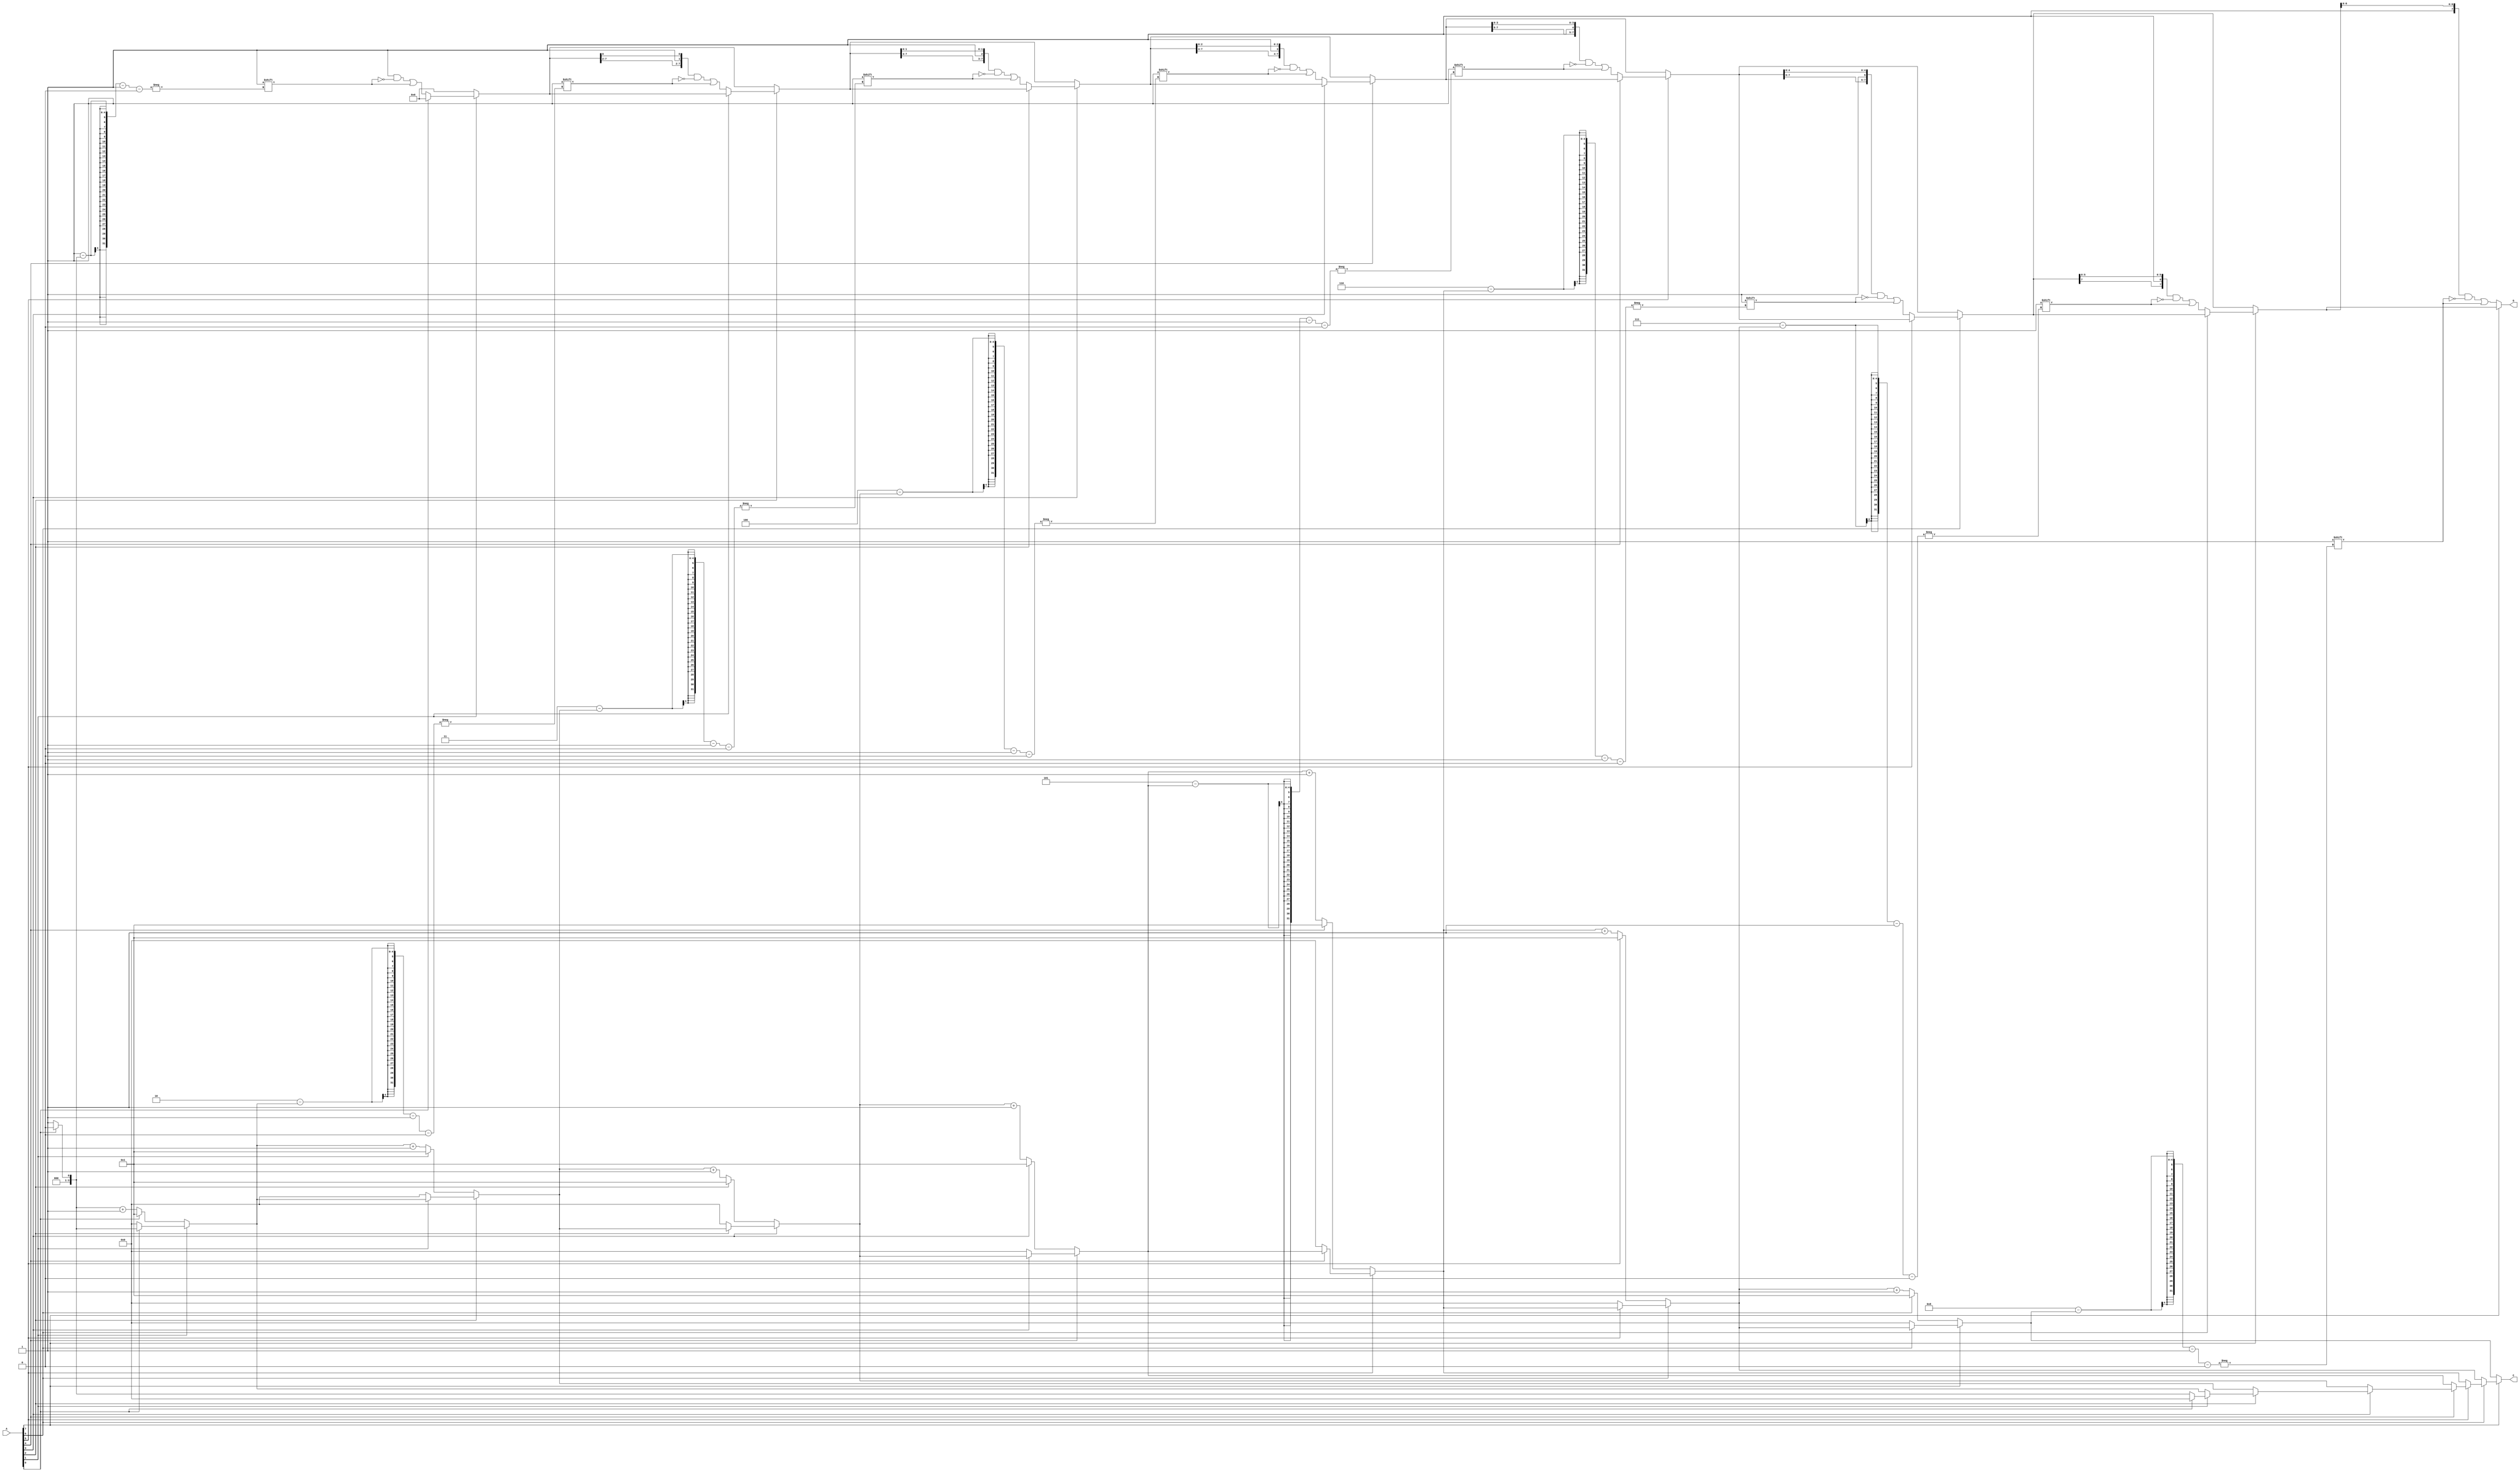
module grouping_of_zeros #(parameter N = 8) (
    input  wire [N-1:0] A,  // Input signal
    output reg  [N-1:0] G,  // Grouped output
    output reg  [3:0] C     // Count output (assuming max count < 16)
);

    integer i;
    reg [3:0] zero_count;  // Counter for consecutive zeros
    reg in_zero_group;      // State flag to check if currently in a zero group

    always @(*) begin
        // Initialize outputs
        G = 0;
        C = 0;
        zero_count = 0;
        in_zero_group = 0;

        // Iterate through the input signal
        for (i = 0; i < N; i = i + 1) begin
            if (A[i] == 1'b0) begin
                // Increment zero count if we are in a zero group or start a new one
                if (!in_zero_group) begin
                    in_zero_group = 1; // Entering a zero group
                    zero_count = 1;     // Start counting zeros
                end else begin
                    zero_count = zero_count + 1; // Increment count
                end
            end else begin
                // If we encounter a '1' and were in a zero group
                if (in_zero_group) begin
                    // Mark the group in G
                    G[i-1] = 1'b1; // Mark end of the group
                    G[i-zero_count-1] = 1'b1; // Mark start of the group
                    C = zero_count; // Set count output
                    in_zero_group = 0; // Exit zero group
                    zero_count = 0; // Reset zero count
                end
            end
        end

        // Handle case where the input ends with zeros
        if (in_zero_group) begin
            G[N-1] = 1'b1; // Mark end of the group
            G[N-zero_count-1] = 1'b1; // Mark start of the group
            C = zero_count; // Set count output
        end
    end
endmodule